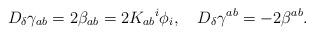
LaTeX: \begin{align*}D_{\delta} \gamma_{ab} = 2 \beta_{ab} = 2 K_{ab} {^{i}}\phi_{i}, \quad D_{\delta} \gamma^{ab} = - 2 \beta^{ab}.\end{align*}